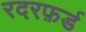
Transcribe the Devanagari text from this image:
रदरफ़र्ड